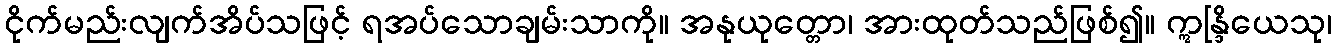
ငိုက်မည်းလျက်အိပ်သဖြင့် ရအပ်သောချမ်းသာကို။ အနုယုတ္တော၊ အားထုတ်သည်ဖြစ်၍။ ဣန္ဒြိယေသု၊